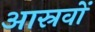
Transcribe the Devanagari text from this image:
आस्रवों